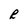
Character: R